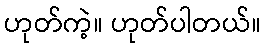
ဟုတ်ကဲ့။ ဟုတ်ပါတယ်။